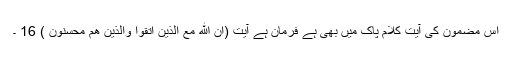
اس مضمون کی آیت کلام پاک میں بھی ہے فرمان ہے آیت (اِنَّ اللّٰهَ مَعَ الَّذِيْنَ اتَّقَوْا وَّالَّذِيْنَ هُمْ مُّحْسِنُوْنَ ) 16 ۔